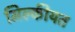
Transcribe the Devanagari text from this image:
मिल्कीयत